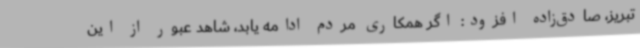
تبریز، صادق‌زاده افزود: اگر همکاری مردم ادامه یابد، شاهد عبور از این